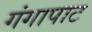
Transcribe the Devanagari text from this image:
गंगापाट